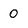
Character: 0